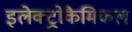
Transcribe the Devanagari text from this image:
इलेक्ट्रोकैमिकल